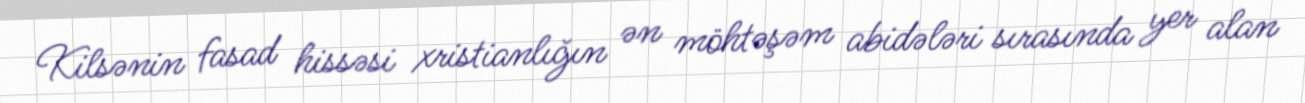
Kilsənin fasad hissəsi xristianlığın ən möhtəşəm abidələri sırasında yer alan